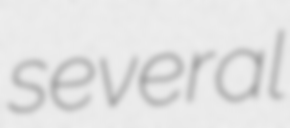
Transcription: several